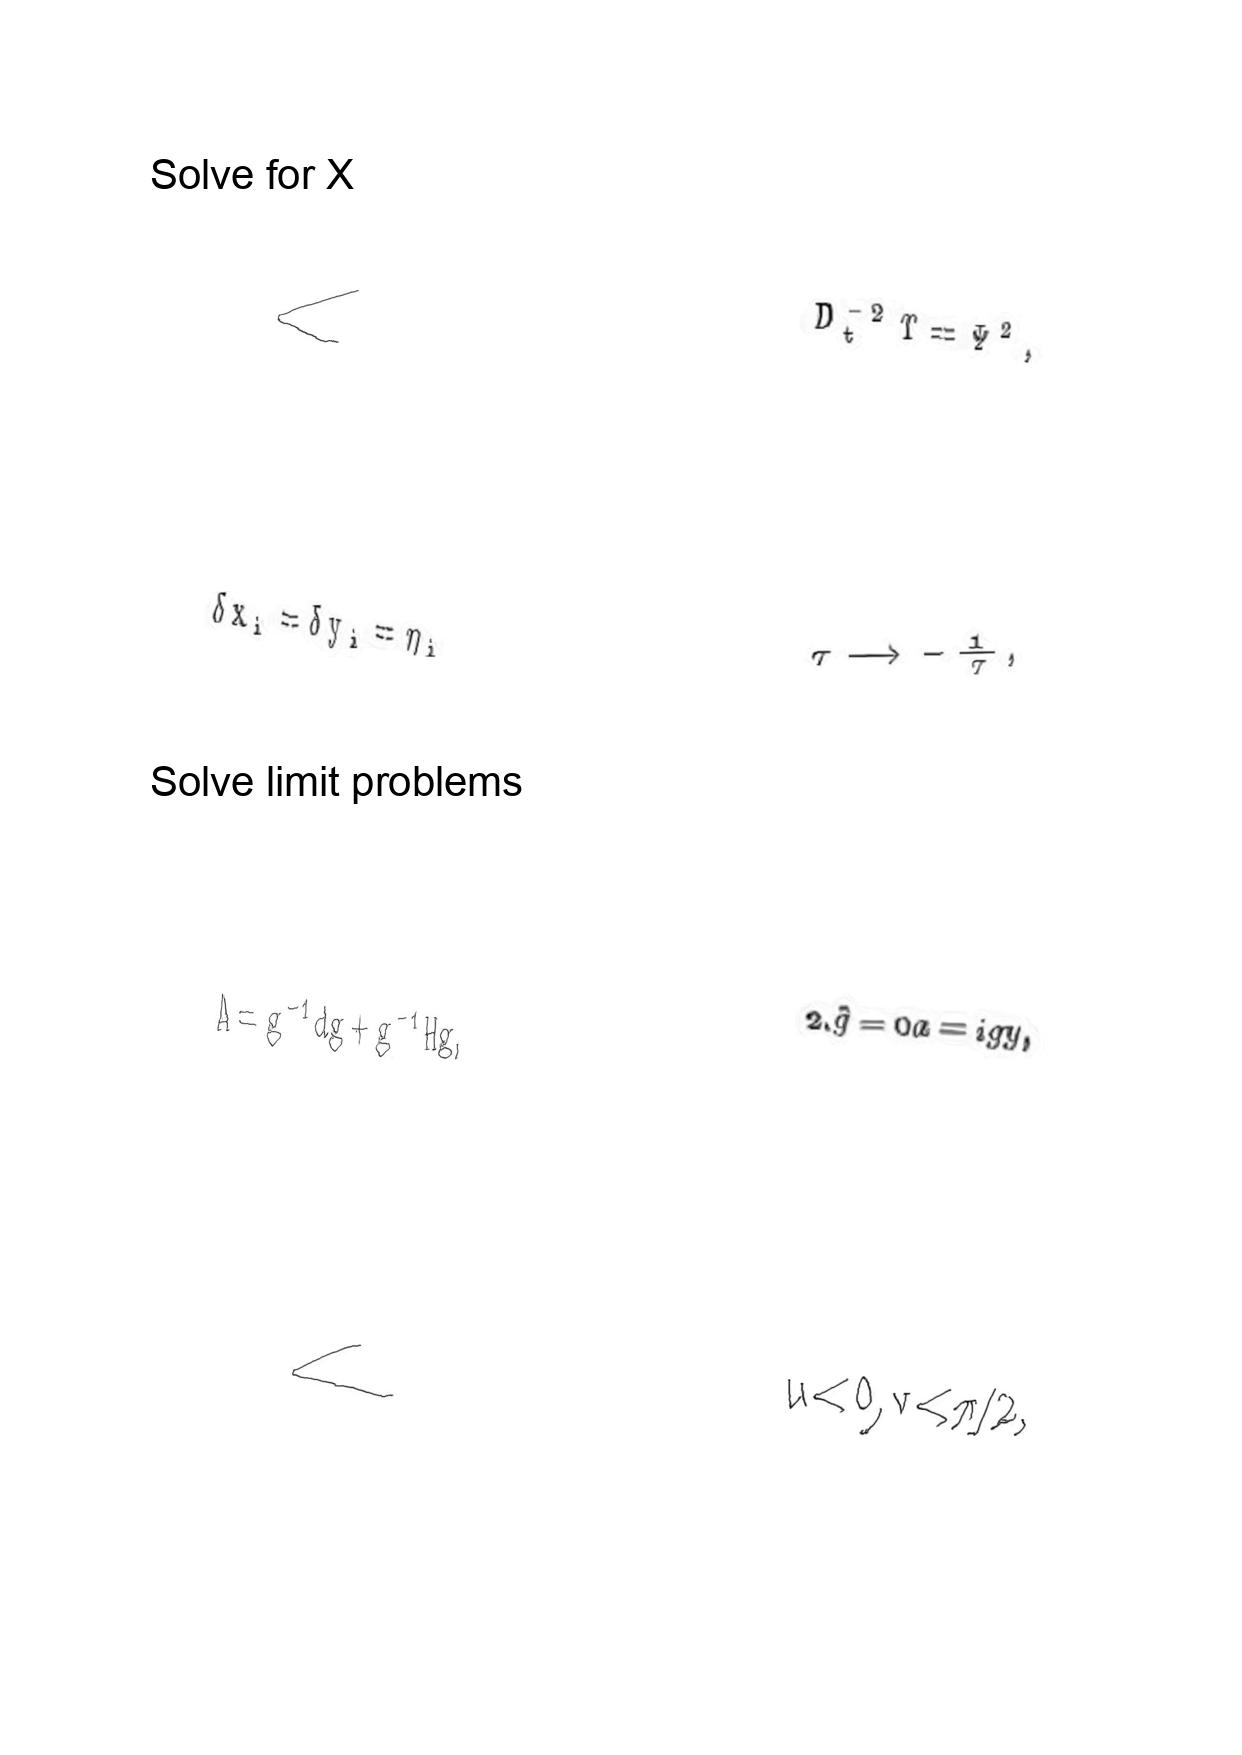
LaTeX transcription:
\langle
\delta x _ { i } = \delta y _ { i } = \eta _ { i }
A = g ^ { - 1 } d g + g ^ { - 1 } H g ,
\langle
D _ { t } ^ { - 2 } \Upsilon = \Psi ^ { 2 } ,
\tau \longrightarrow - \frac { 1 } { \tau } ,
2 . \hat { g } = 0 a = i g y ,
u \lt 0 , v \lt \pi / 2 ,